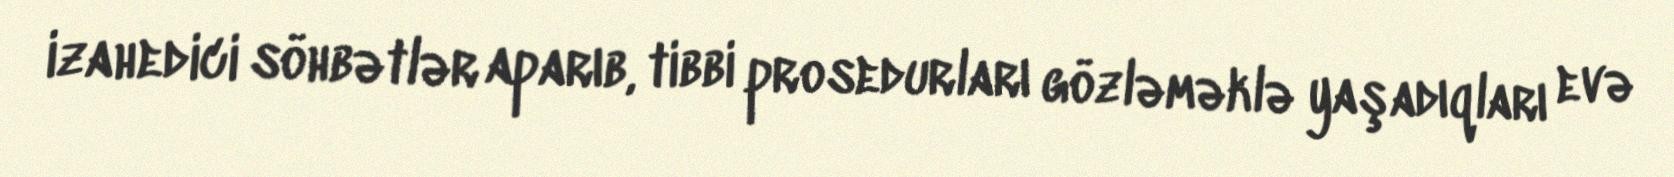
izahedici söhbətlər aparıb, tibbi prosedurları gözləməklə yaşadıqları evə